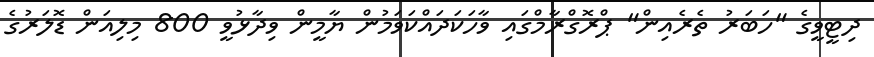
ދިޓީވީގެ "ހަބަރު ތެރެއިން" ޕްރޮގްރާމްގައި ވާހަކަދައްކަވަމުން ޔާމީން ވިދާޅުވީ 800 މިލިއަން ޑޮލަރުގެ